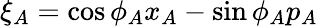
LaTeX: \xi_{A}=\cos\phi_{A}x_{A}-\sin\phi_{A}p_{A}